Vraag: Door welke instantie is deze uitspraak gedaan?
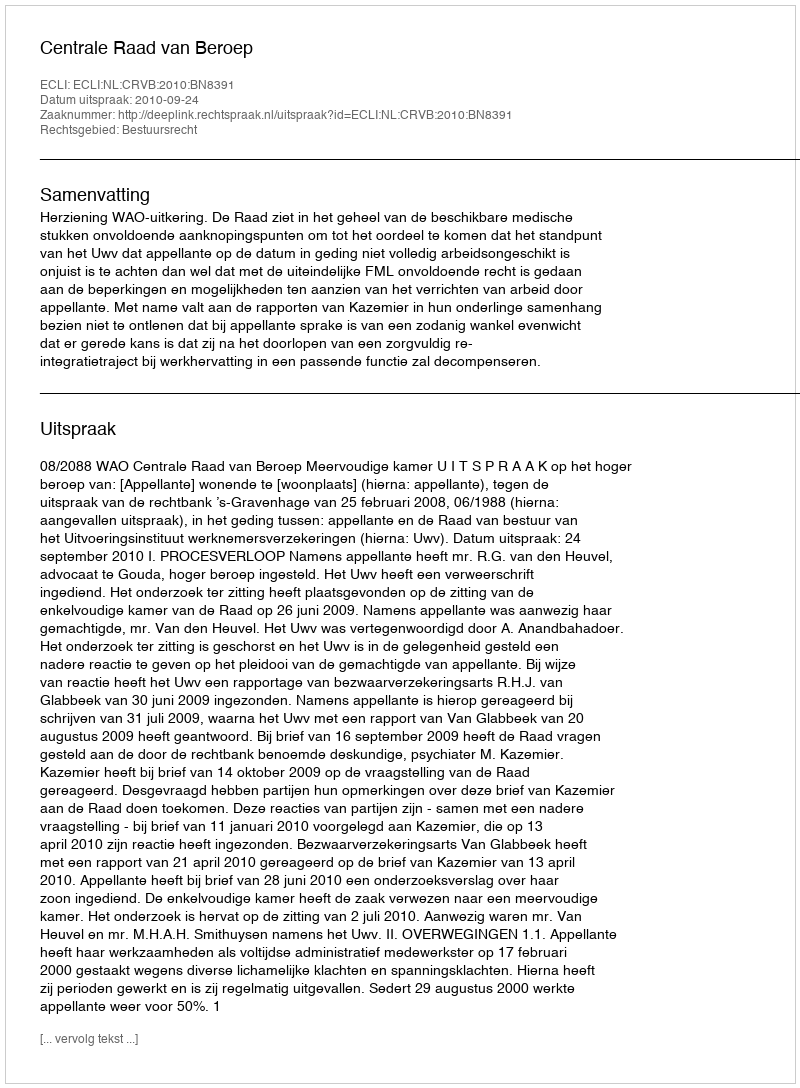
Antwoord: Centrale Raad van Beroep